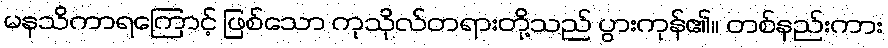
မနသိကာရကြောင့် ဖြစ်သော ကုသိုလ်တရားတို့သည် ပွားကုန်၏။ တစ်နည်းကား